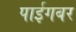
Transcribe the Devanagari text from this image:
पाईगबर